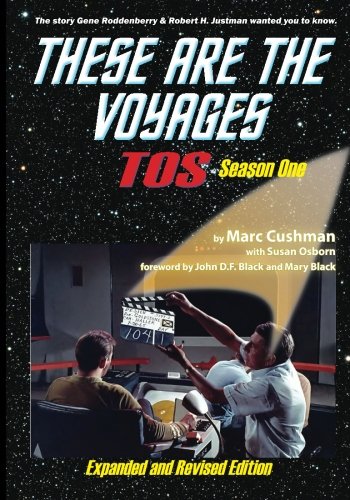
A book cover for These Are The Voyages, TOS, Season One (Volume 1); Marc Cushman; Humor & Entertainment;